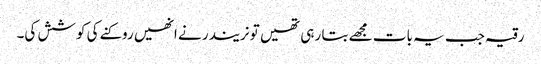
رقیہ جب یہ بات مجھے بتا رہی تھیں تو نریندر نے انھیں روکنے کی کوشش کی۔